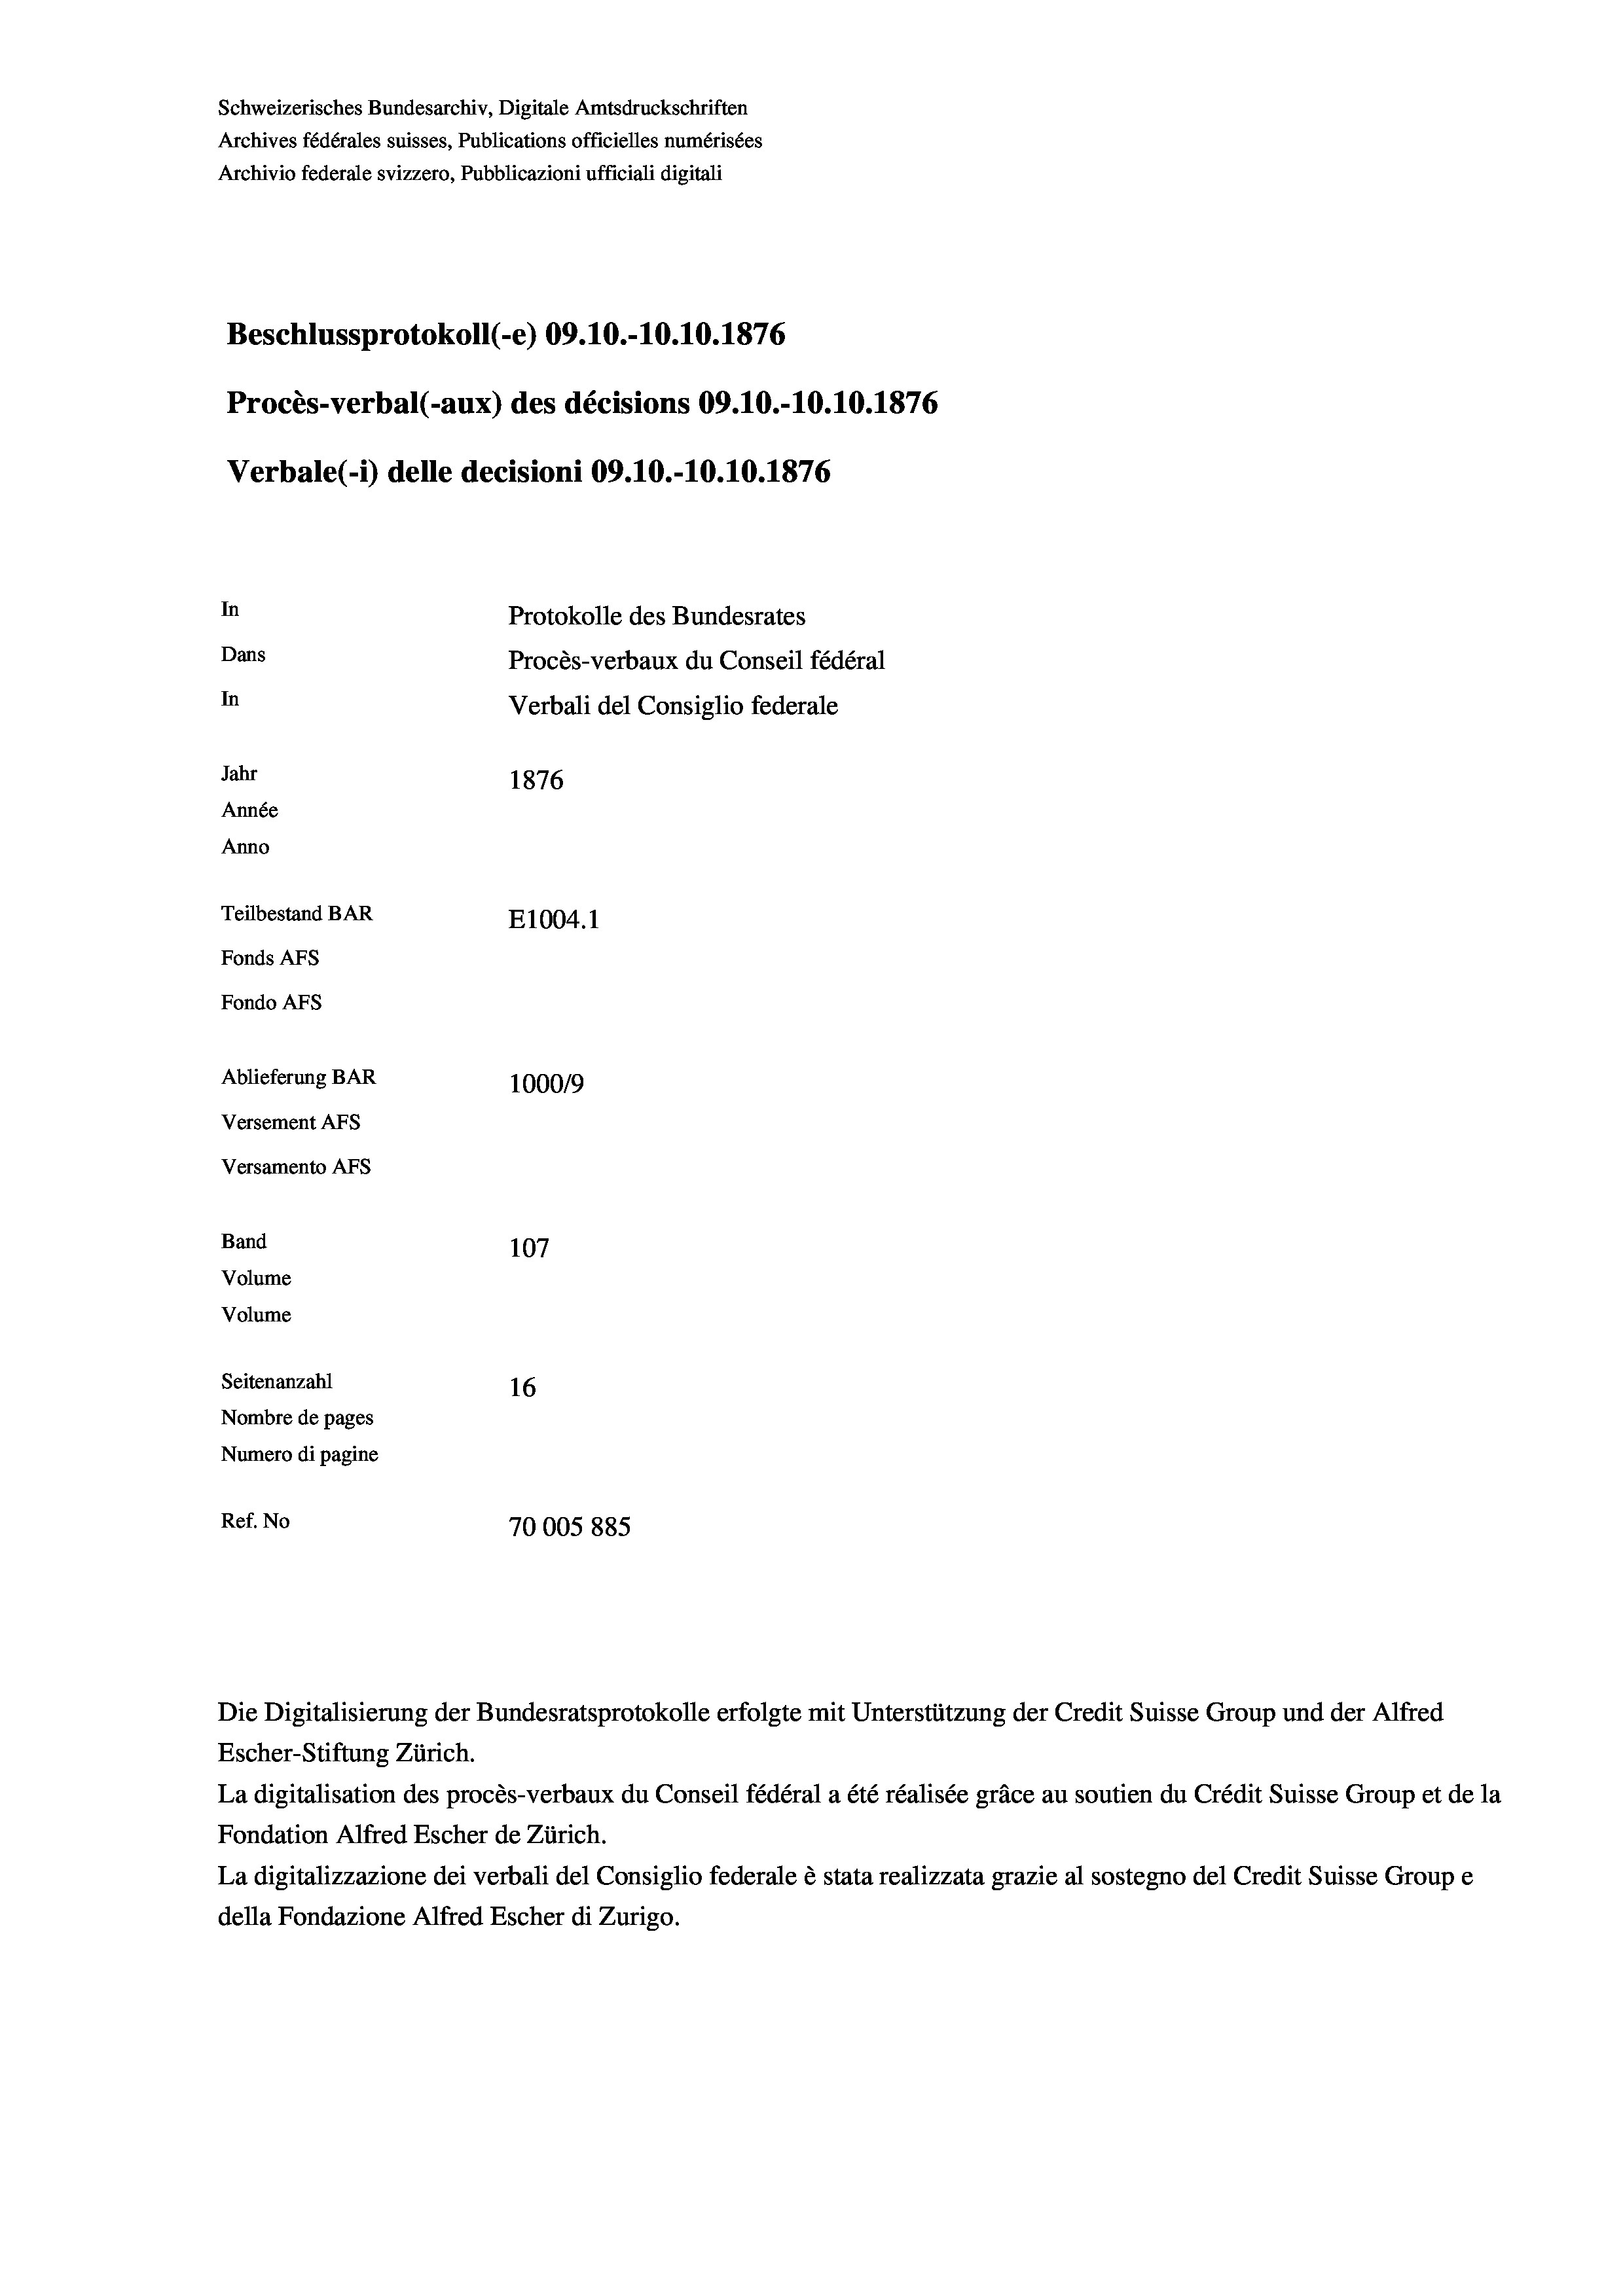
Schweizerisches Bundesarchiv, Digitale Amtsdruckschriften
Archives fédérales suisses, Publications officielles numérisées
Archivio federale svizzero, Pubblicazioni ufficiali digitali
Beschlussprotokoll (-e) 09.10.-10.10.1876
Procès-verbal (-aux) des décisions 09.10.-10.10.1876
Verbale(*) delle decisioni 09.10.-10.10.1876
In
Protokolle des Bundesrates
Dans
Procès-verbaux du Conseil fédéral
In
Verbali del Consiglio federale
Jahr
1876
Année
Anno
Teilbestand BAR
E1004. 1
Fonds AFs
Fondo AFS
Ablieferung BAR
100019
Versement AFs
Versamento AFs
Band
107
Volume
Volume
Seitenanzahl
16
Nombre de pages
Numero di pagine
Ref. No
70005885

Escher-Stiftung Zürich.
La digitalisation des procès-verbaux du Conseil fédéral a été réalisée gräce au soutien du Crédit Suisse Group et de la
Fondation Alfred Escher de Zürich.
La digitalizzazione dei verbali del Consiglio federale è stata realizzata grazie al sostegno del Credit Suisse Groupe
della Fondazione Alfred Escher di Zurigo.

Die Digitalisierung der Bundesratsprotokolle erfolgte mit Unterstützung der Credit Suisse Group und der Alfred